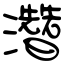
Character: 濳